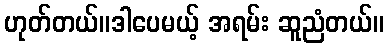
ဟုတ်တယ်။ဒါပေမယ့် အရမ်း ဆူညံတယ်။